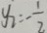
y _ { 2 } = - \frac { 1 } { 2 }